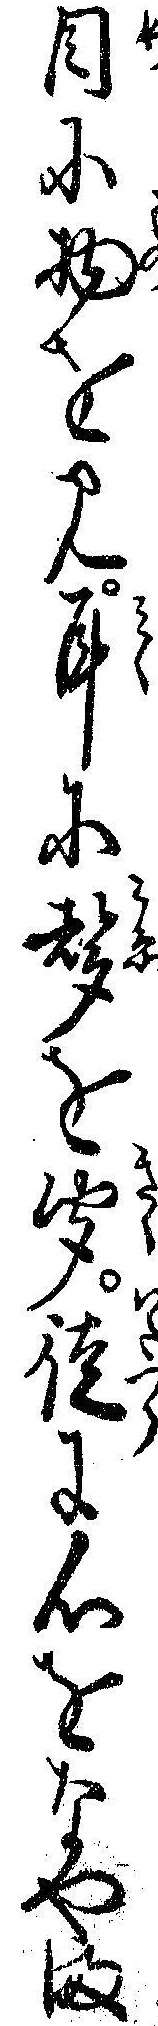
目に物を見耳に声を聞徒に心をなやま